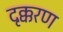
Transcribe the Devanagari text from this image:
दृक्करण